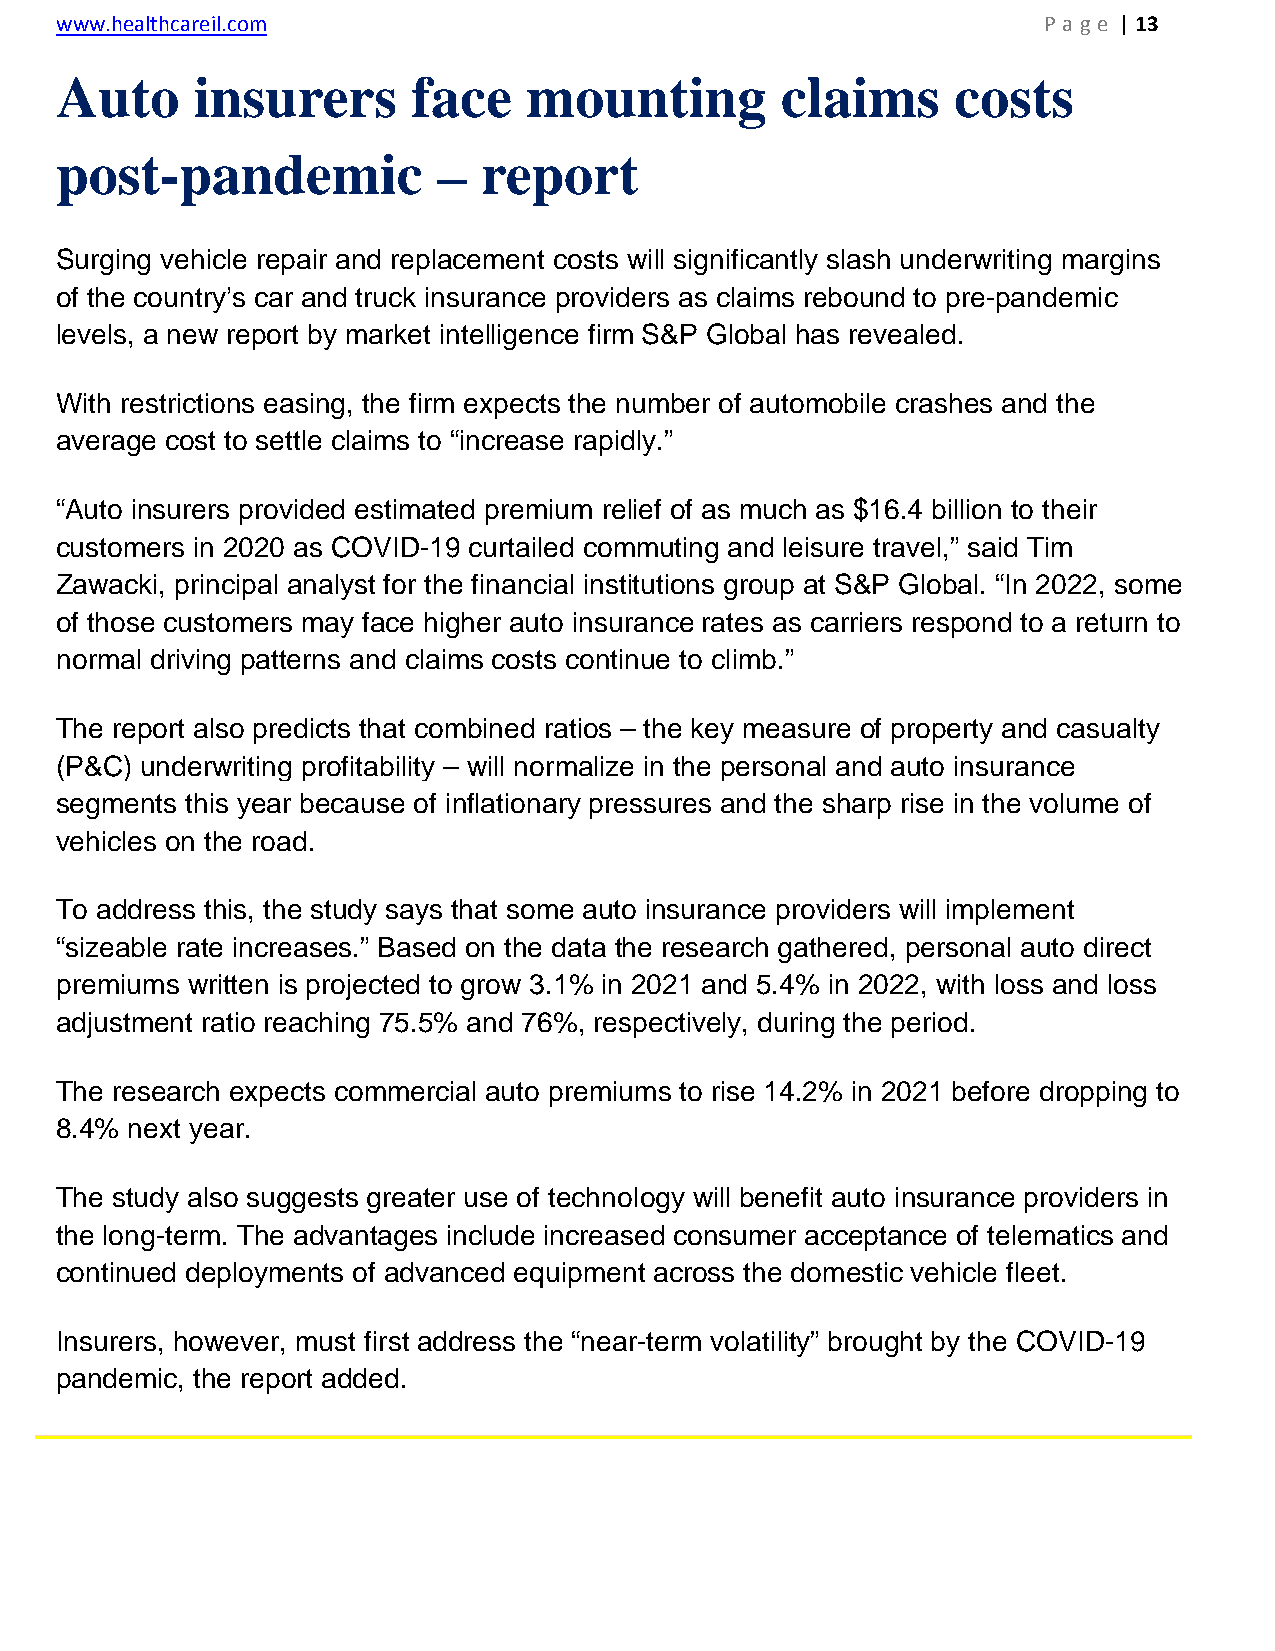
www.healthcareil.com                                             P a g e | 13
 Auto     insurers      face    mounting         claims     costs
 post-pandemic            –  report
 Surging vehicle repair and replacement costs will significantly slash underwriting margins
 of the country’s car and truck insurance providers as claims rebound to pre-pandemic
 levels, a new report by market intelligence firm S&P Global has revealed.
 With restrictions easing, the firm expects the number of automobile crashes and the
 average cost to settle claims to “increase rapidly.”
 “Auto insurers provided estimated premium relief of as much as $16.4 billion to their
 customers in 2020 as COVID-19 curtailed commuting and leisure travel,” said Tim
 Zawacki, principal analyst for the financial institutions group at S&P Global. “In 2022, some
 of those customers may face higher auto insurance rates as carriers respond to a return to
 normal driving patterns and claims costs continue to climb.”
 The report also predicts that combined ratios – the key measure of property and casualty
 (P&C) underwriting profitability – will normalize in the personal and auto insurance
 segments this year because of inflationary pressures and the sharp rise in the volume of
 vehicles on the road.
 To address this, the study says that some auto insurance providers will implement
 “sizeable rate increases.” Based on the data the research gathered, personal auto direct
 premiums written is projected to grow 3.1% in 2021 and 5.4% in 2022, with loss and loss
 adjustment ratio reaching 75.5% and 76%, respectively, during the period.
 The research expects commercial auto premiums to rise 14.2% in 2021 before dropping to
 8.4% next year.
 The study also suggests greater use of technology will benefit auto insurance providers in
 the long-term. The advantages include increased consumer acceptance of telematics and
 continued deployments of advanced equipment across the domestic vehicle fleet.
 Insurers, however, must first address the “near-term volatility” brought by the COVID-19
 pandemic, the report added.